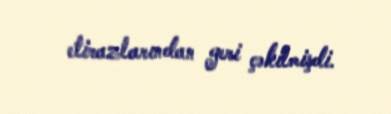
etirazlarından geri çəkilmişdi.